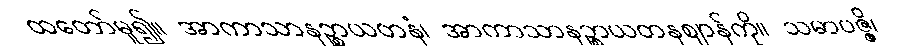
ထတော်မူ၍။ အာကာသာနဉ္စာယတနံ၊ အာကာသာနဉ္စာယတနဈာန်ကို။ သမာပဇ္ဇိ၊